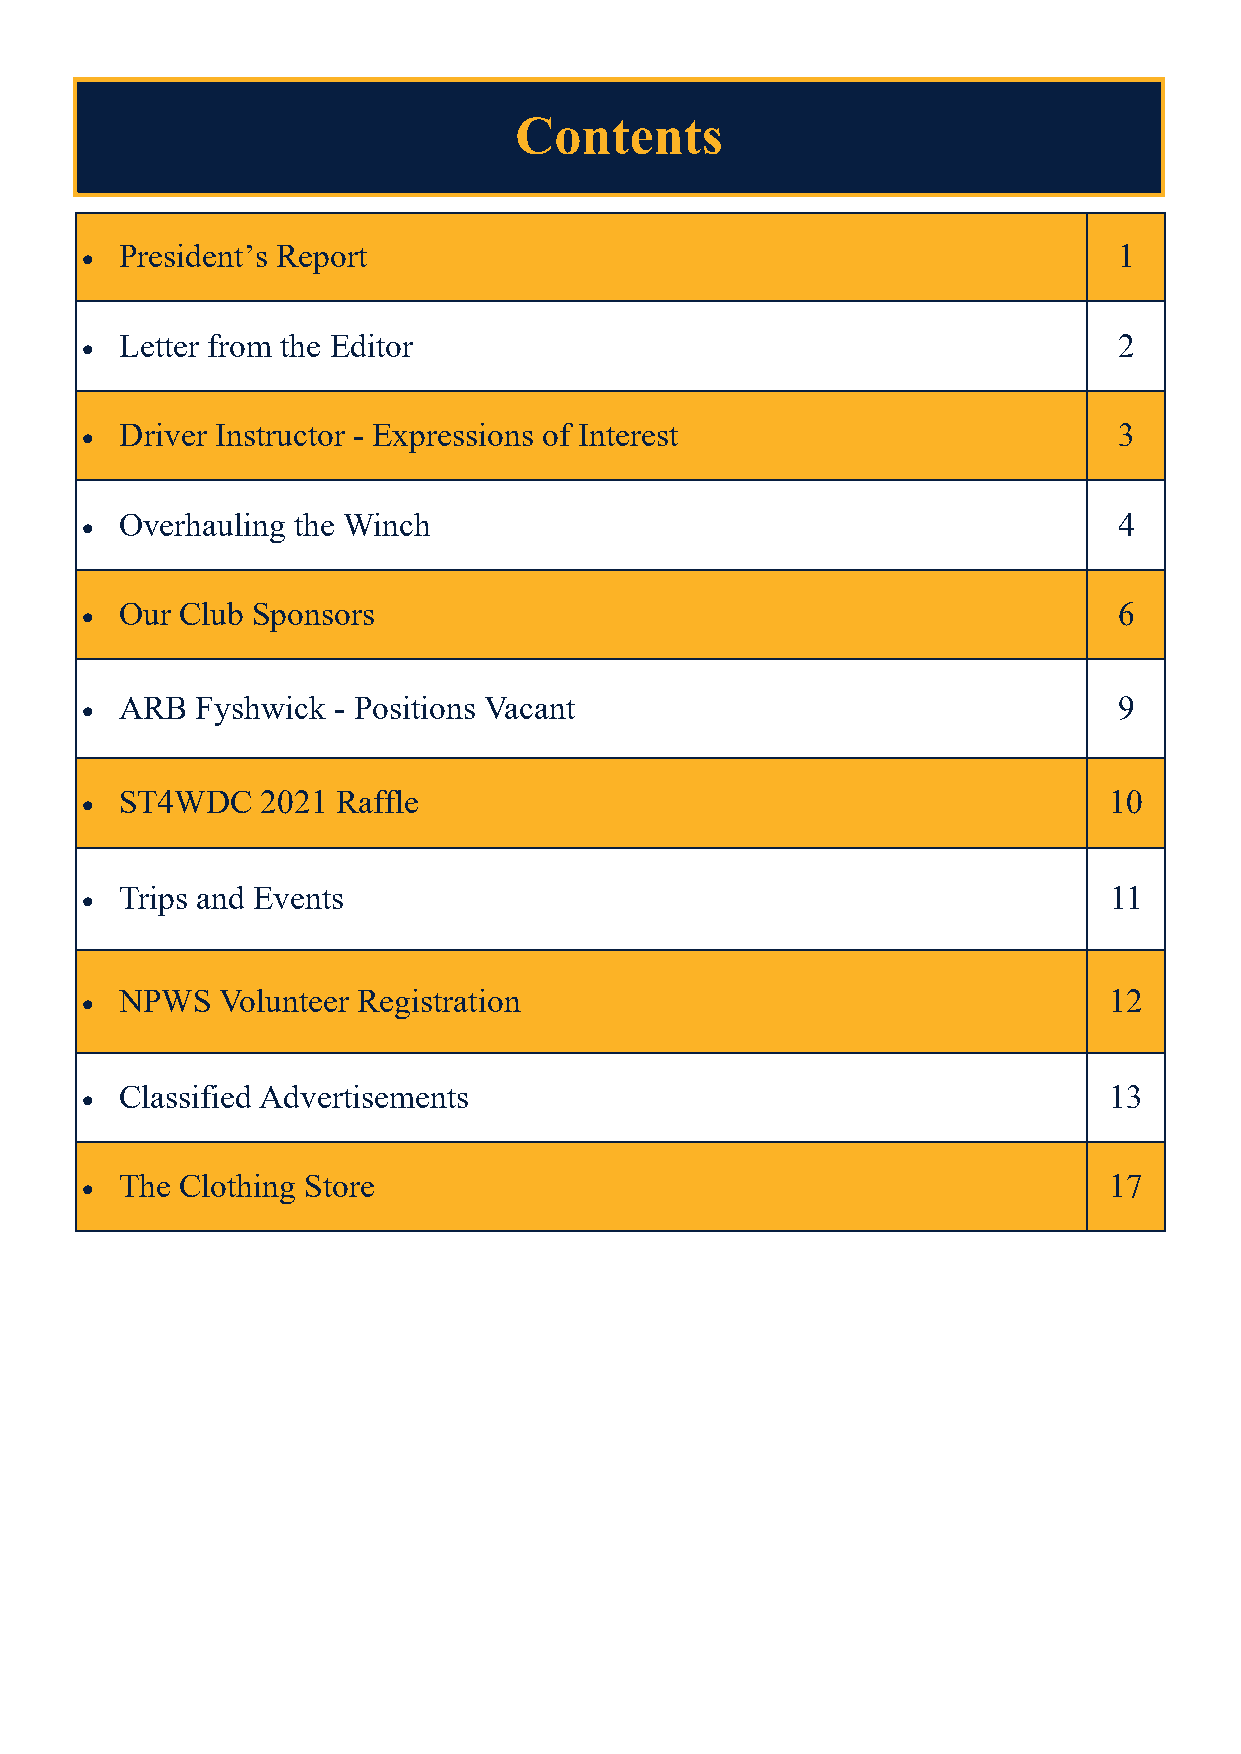
Contents
 President’s Report                                                1
 •
 Letter from the Editor                                            2
 •
 Driver Instructor - Expressions of Interest                       3
 •
 Overhauling the Winch                                             4
 •
 Our Club Sponsors                                                 6
 •
 ARB  Fyshwick - Positions Vacant                                  9
 •
 ST4WDC   2021 Raffle                                             10
 •
 Trips and Events                                                 11
 •
 NPWS   Volunteer Registration                                    12
 •
 Classified Advertisements                                        13
 •
 The Clothing Store                                               17
 •